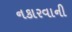
નકારવાની